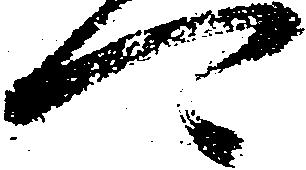
可